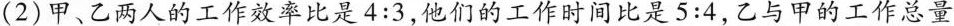
(2)甲、乙两人的工作效率比是4:3，他们的工作时间比是5:4，乙与甲的工作总量